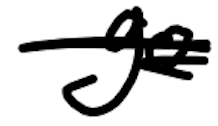
Text: Go
Cross-out: scratch
Writing tool: digital_black